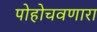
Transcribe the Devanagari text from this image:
पोहोचवणारा